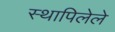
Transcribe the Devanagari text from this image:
स्थापिलेले